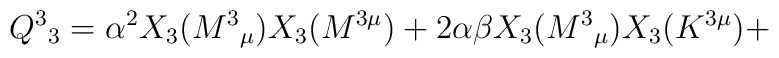
Q^{3}{}_{3} = \alpha ^{2}X_{3}(M^{3}{}_{\mu })X_{3}(M^{3\mu })+2\alpha\beta X_{3}(M^{3}{}_{\mu })X_{3}(K^{3\mu}) +